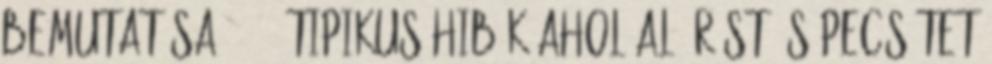
bemutatása 35 35 TIPIKUS HIBÁK Ahol aláírást és pecsétet